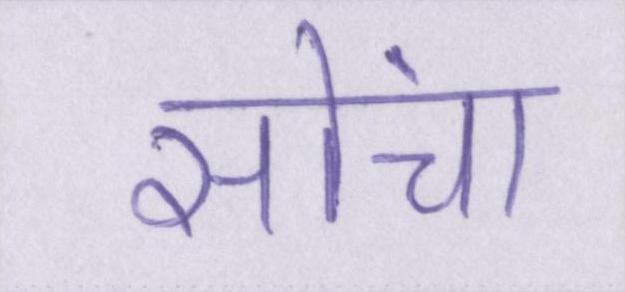
सोंचा